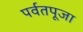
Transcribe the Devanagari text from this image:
पर्वतपूजा